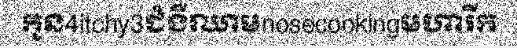
កូន4itchy3ជំងឺឈាមnosecookingមហារីក